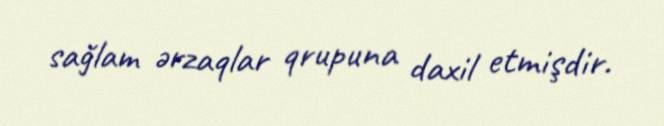
sağlam ərzaqlar qrupuna daxil etmişdir.